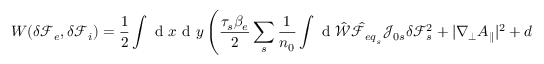
W ( \delta { \mathcal F } _ { e } , \delta { \mathcal F } _ { i } ) = \frac { 1 } { 2 } \int \mathrm { ~ d ~ } x \mathrm { ~ d ~ } y \left( \frac { \tau _ { s } \beta _ { e } } { 2 } \sum _ { s } \frac { 1 } { n _ { 0 } } \int \mathrm { ~ d ~ } \hat { \mathcal { W } } \hat { \mathcal { F } } _ { { e q } _ { s } } \mathcal { J } _ { 0 s } \delta { \mathcal F } _ { s } ^ { 2 } + | \nabla _ { \perp } A _ { \parallel } | ^ { 2 } + d _ { i } ^ { 2 } | B _ { \parallel } | ^ { 2 } \right)